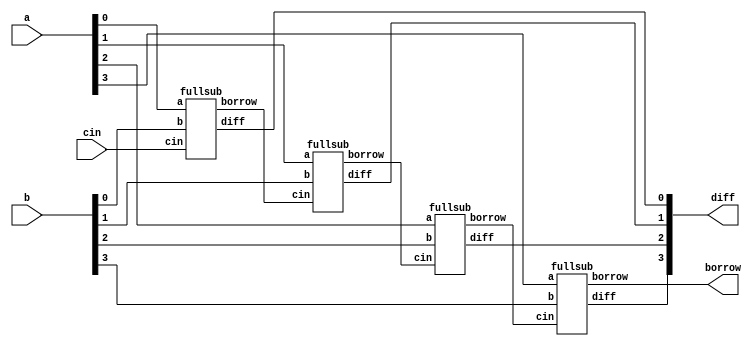
module fullsub_4b (input [3:0] a,b, input cin, output borrow, output [3:0] diff);
	wire [4:0] x;

	fullsub fs1(a[0], b[0], cin, x[0], diff[0]);
	fullsub fs2(a[1], b[1], x[0], x[1], diff[1]);
	fullsub fs3(a[2], b[2], x[1], x[2], diff[2]);
	fullsub fs4(a[3], b[3], x[2], x[3], diff[3]);

	assign borrow = x[3];
	
endmodule

module fullsub (input a, b, cin, output borrow, diff);
	assign diff = a^b^cin;
	assign borrow = (~a & b) | (~(a^b)&cin);
endmodule